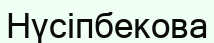
Нүсіпбекова